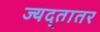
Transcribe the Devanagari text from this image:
ज्यद्तातर